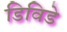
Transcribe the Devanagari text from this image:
डिविडे